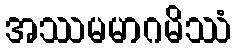
အဿမမာဂမိဿံ